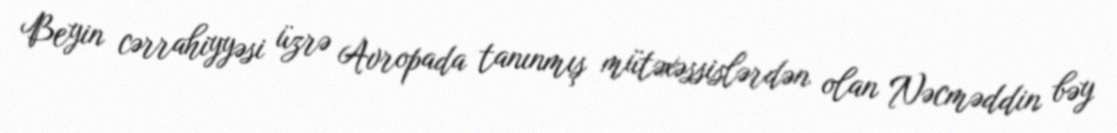
Beyin cərrahiyyəsi üzrə Avropada tanınmış mütəxəssislərdən olan Nəcməddin bəy